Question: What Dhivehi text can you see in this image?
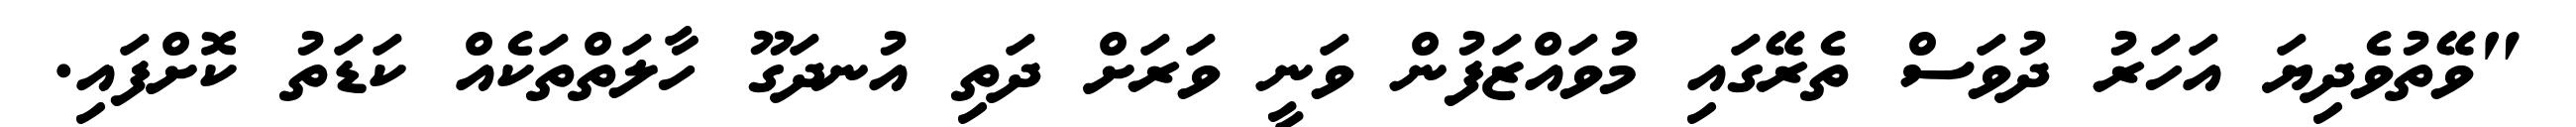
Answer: "ވޭތުވެދިޔަ އަހަރު ދުވަސް ތެރޭގައި މުވައްޒަފުން ވަނީ ވަރަށް ދަތި އުނދަގޫ ހާލަތްތަކެއް ކަޑަތު ކޮށްފައި.